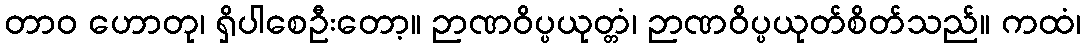
တာဝ ဟောတု၊ ရှိပါစေဦးတော့။ ဉာဏဝိပ္ပယုတ္တံ၊ ဉာဏဝိပ္ပယုတ်စိတ်သည်။ ကထံ၊